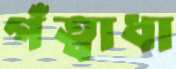
গঁত্বাধা